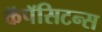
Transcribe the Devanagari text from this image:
कॅपॅसिटन्स